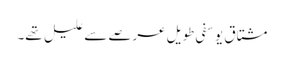
مشتاق یوسفی طویل عرصے سے علیل تھے۔